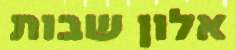
אלון שבות